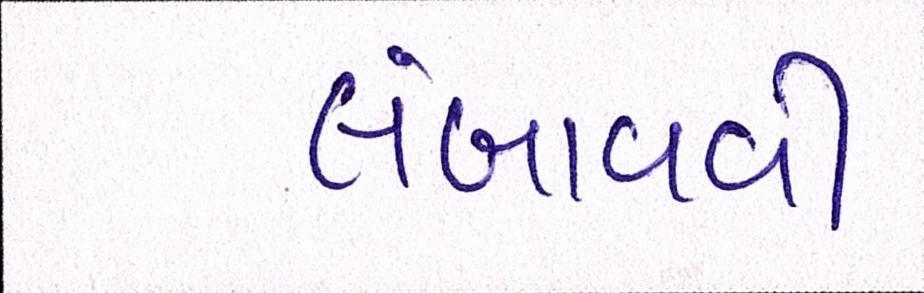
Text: લંબાવવી